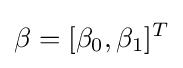
\beta =[\beta _{0},\beta _{1}]^{T}